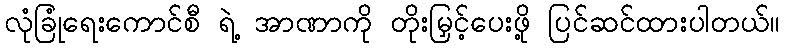
လုံခြုံရေးကောင်စီ ရဲ့ အာဏာကို တိုးမြှင့်ပေးဖို့ ပြင်ဆင်ထားပါတယ်။